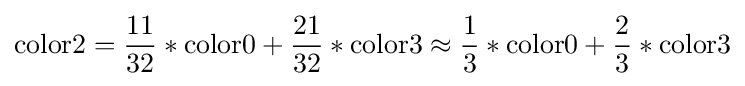
\mathrm {color2} ={\frac {11}{32}}*\mathrm {color0} +{\frac {21}{32}}*\mathrm {color3} \approx {\frac {1}{3}}*\mathrm {color0} +{\frac {2}{3}}*\mathrm {color3}